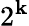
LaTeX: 2^{\mathbf{k}}